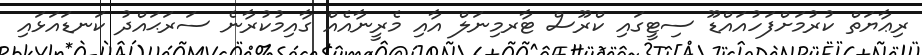
ރިޢާޔަތް ކުރުމަށްފަހުއައްޑޫ ސިޓީގައި ކްރޫސް ޓާރމިނަލް އާއި މެރީނާއެއް ގާއިމުކުރާނެ ސަރަޙައްދު ކަނޑައަޅައި